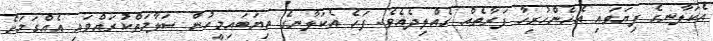
އެކަލާނގެ ފިޔަވައި އެހެންހުރިހާ ފަރާތެއް ގެއްލިދެއެވެ. ފަހެ އެކަަލާނގެ ތިޔަބައިމީހުން ސަލާމަތްކުރައްވައި އެއްގަމަށް